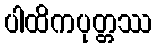
ပါထိကပုတ္တဿ